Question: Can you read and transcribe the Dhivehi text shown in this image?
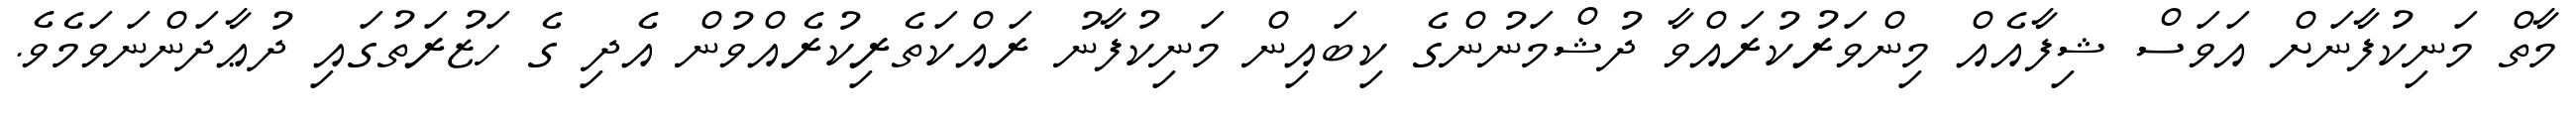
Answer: މާތް މަނިކުފާނަށް އަވަސް ޝިފާއެއް މިންވަރުކުރައްވާ ދުޝްމަނުންގެ ކިބައިން މަނިކުފާނު ރައްކަތެރިކުރެއްވުން އެދި ގެ ހަޒުރަތުގައި ދުޢާދަންނަވަމެވެ.